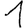
Digit: 1